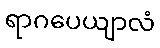
ရာဂပေယျာလံ